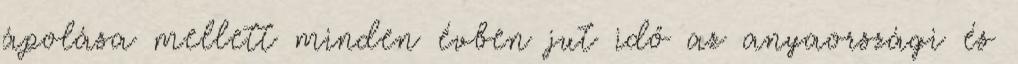
ápolása mellett minden évben jut idő az anyaországi és